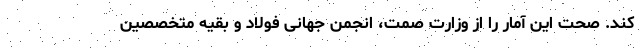
کند. صحت این آمار را از وزارت صمت، انجمن جهانی فولاد و بقیه متخصصین